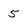
Character: 5